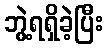
ဘွဲ့ရရှိခဲ့ပြီး